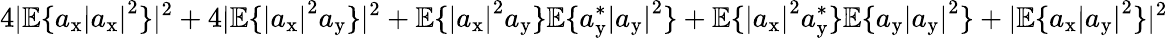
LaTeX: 4|\mathbb{E}\{ a_{\mathrm{x}}\left|a_{\mathrm{x}}\right|^{2}\} |^{2}+4|\mathbb{E}\{ \left|a_{\mathrm{x}}\right|^{2}a_{\mathrm{y}}\} |^{2}+\mathbb{E}\{ \left|a_{\mathrm{x}}\right|^{2}a_{\mathrm{y}}\} \mathbb{E}\{ a_{\mathrm{y}}^{*}\left|a_{\mathrm{y}}\right|^{2}\} +\mathbb{E}\{ \left|a_{\mathrm{x}}\right|^{2}a_{\mathrm{y}}^{*}\} \mathbb{E}\{ a_{\mathrm{y}}\left|a_{\mathrm{y}}\right|^{2}\} +|\mathbb{E}\{ a_{\mathrm{x}}\left|a_{\mathrm{y}}\right|^{2}\} |^{2}